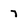
Character: 7